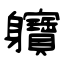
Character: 軉